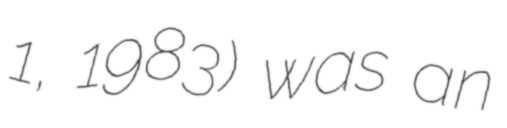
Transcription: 1, 1983) was an